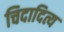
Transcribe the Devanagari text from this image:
चिदादित्य